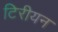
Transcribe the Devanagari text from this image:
टिरीयन